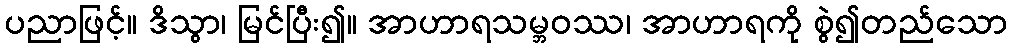
ပညာဖြင့်။ ဒိသွာ၊ မြင်ပြီး၍။ အာဟာရသမ္ဘဝဿ၊ အာဟာရကို စွဲ၍တည်သော